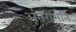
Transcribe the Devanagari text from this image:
अंतराभूति